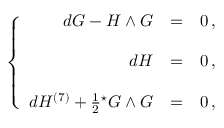
\left\{ \begin{array} { r c l } { { d G - H \wedge G } } & { { = } } & { { 0 \, , } } \\ { { } } & { { } } & { { } } \\ { { d H } } & { { = } } & { { 0 \, , } } \\ { { } } & { { } } & { { } } \\ { { d H ^ { ( 7 ) } + \frac { 1 } { 2 } { } ^ { \star } G \wedge G } } & { { = } } & { { 0 \, , } } \end{array} \right.